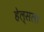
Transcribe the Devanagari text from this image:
हेल्सला